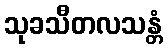
သုခသီတလသန္တံ